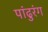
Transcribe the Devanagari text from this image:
पांढुरंग